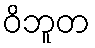
ဝိဘူတ